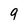
Character: 9